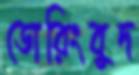
ডোরিংবুদ